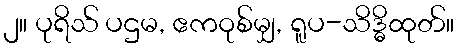
၂။ ပုရိသ် ပဌမ, ဧကဝုစ်မျှ, ရူပ-သိဒ္ဓိထုတ်။